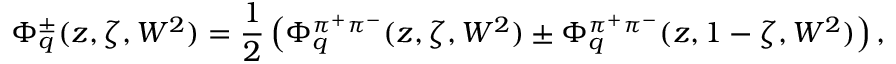
\Phi _ { q } ^ { \pm } ( z , \zeta , W ^ { 2 } ) = { \frac { 1 } { 2 } } \left( \Phi _ { q } ^ { \pi ^ { + } \pi ^ { - } } ( z , \zeta , W ^ { 2 } ) \pm \Phi _ { q } ^ { \pi ^ { + } \pi ^ { - } } ( z , 1 - \zeta , W ^ { 2 } ) \right) ,